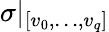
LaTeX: \sigma|_{[v_{0},\ldots,v_{q}]}